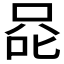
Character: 𰇨